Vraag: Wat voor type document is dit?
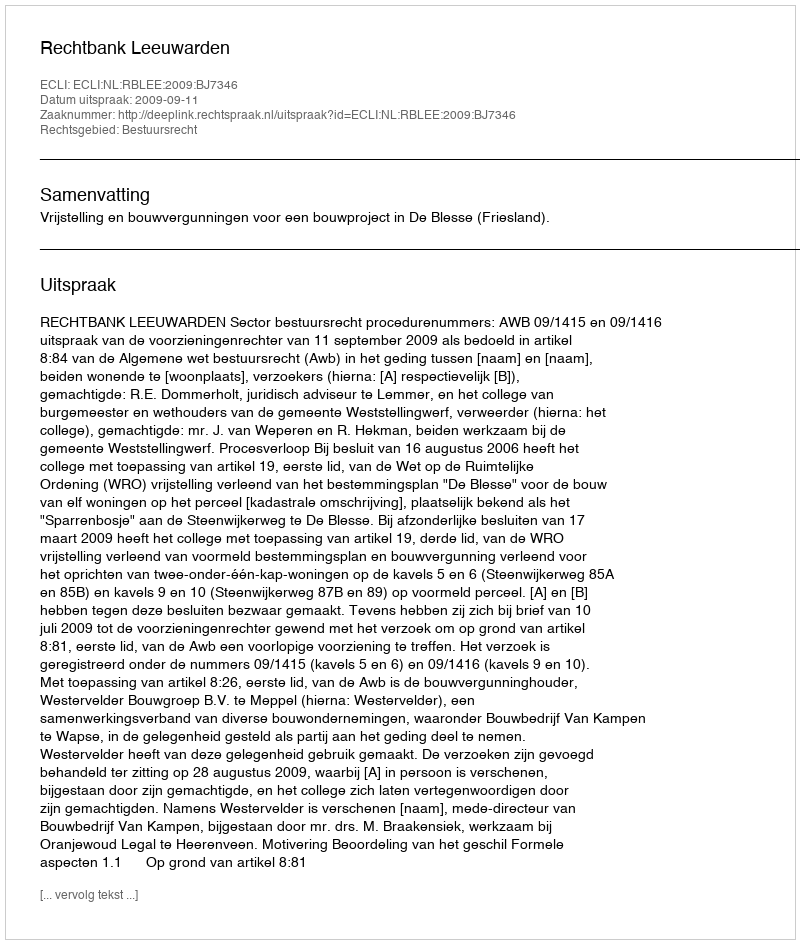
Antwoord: Uitspraak